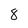
Character: 8